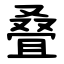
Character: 叠